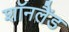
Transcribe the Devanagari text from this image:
शॉनलैंड